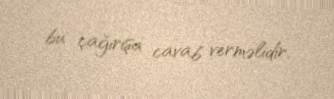
bu çağırışa cavab verməlidir.